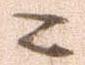
ニ